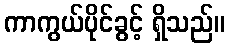
ကာကွယ်ပိုင်ခွင့် ရှိသည်။